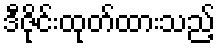
ဒီဇိုင်းထုတ်ထားသည့်